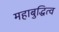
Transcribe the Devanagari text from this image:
महाबुद्धित्व